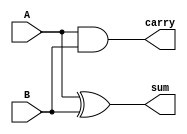
//Half Adder
module HA(
output sum, 
output carry, 
input A, 
input B);
xor x1(sum, A, B);
and a1(carry, A, B);
endmodule

//Full Adder
module FA(
output sum,
output Cout,
input A,
input B,
input Cin);
wire W1, W2, W3;
HA HA1(W1, W2, A, B);
HA HA2(sum, W3, W1, Cin);
or O1(Cout, W2, W3);
endmodule

//8-Bit Full Adder
module FA_8(
output [7:0] sum,
output Cout,
input [7:0] A,
input [7:0] B,
input Cin);
wire W1, W2, W3, W4, W5, W6, W7;
FA FA1(.sum(sum[0]), .Cout(W1), .A(A[0]), .B(B[0]), .Cin(Cin) );
FA FA2(.sum(sum[1]), .Cout(W2), .A(A[1]), .B(B[1]), .Cin(W1) );
FA FA3(.sum(sum[2]), .Cout(W3), .A(A[2]), .B(B[2]), .Cin(W2) );
FA FA4(.sum(sum[3]), .Cout(W4), .A(A[3]), .B(B[3]), .Cin(W3) );
FA FA5(.sum(sum[4]), .Cout(W5), .A(A[4]), .B(B[4]), .Cin(W4) );
FA FA6(.sum(sum[5]), .Cout(W6), .A(A[5]), .B(B[5]), .Cin(W5) );
FA FA7(.sum(sum[6]), .Cout(W7), .A(A[6]), .B(B[6]), .Cin(W6) );
FA FA8(.sum(sum[7]), .Cout(Cout), .A(A[7]), .B(B[7]), .Cin(W7) );
endmodule

//32-Bit Adder
module FA_32(
output [31:0] sum,
output Cout,
input [31:0] A,
input [31:0] B,
input Cin);
wire W1, W2, W3;
FA_8 FA_8_1(sum[7:0], W1, A[7:0], B[7:0], Cin );
FA_8 FA_8_2(sum[15:8], W2, A[15:8], B[15:8], W1 );
FA_8 FA_8_3(sum[23:16], W3, A[23:16], B[23:16], W2 );
FA_8 FA_8_4(sum[31:24], Cout, A[31:24], B[31:24], W3 );
endmodule